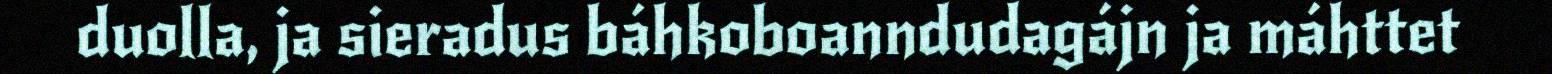
duolla, ja sieradus báhkoboanndudagájn ja máhttet